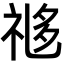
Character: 𬒼